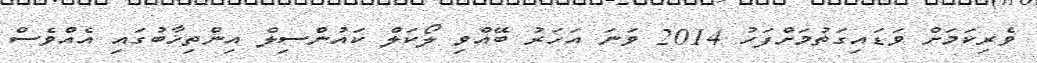
ވެރިކަމަށް ވަޑައިގަތުމަށްފަހު 2014 ވަނަ އަހަރު ބޭއްވި ލޯކަލް ކައުންސިލް އިންތިޚާބުގައި އެއްވެސް